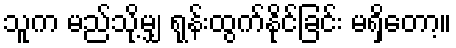
သူက မည်သို့မျှ ရုန်းထွက်နိုင်ခြင်း မရှိတော့။